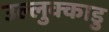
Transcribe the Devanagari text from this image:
उल्लुक्काडु